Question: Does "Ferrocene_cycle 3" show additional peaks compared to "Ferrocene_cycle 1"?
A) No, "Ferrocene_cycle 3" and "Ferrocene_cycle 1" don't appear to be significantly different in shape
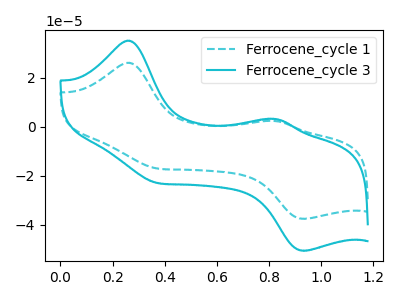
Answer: <think>The cyan dashed curve "Ferrocene_cycle 1" has anodic peaks at (0.25V, 26.10uA) (0.85V, 2.35uA) and cathodic peaks at (0.35V, -17.00uA) (0.95V, -37.65uA). The cyan curve "Ferrocene_cycle 3" has anodic peaks at (0.25V, 35.10uA) (0.85V, 3.15uA) and cathodic peaks at (0.35V, -22.85uA) (0.95V, -50.65uA).
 All the peaks in "Ferrocene_cycle 3" have a peak in "Ferrocene_cycle 1" at the same potential. Every peak in "Ferrocene_cycle 3" is higher than every peak in "Ferrocene_cycle 1".</think>
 <answer>A) No, "Ferrocene_cycle 3" and "Ferrocene_cycle 1" don't appear to be significantly different in shape</answer>
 <eval>A</eval>